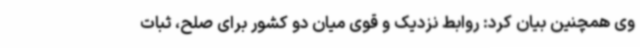
وی همچنین بیان کرد: روابط نزدیک و قوی میان دو کشور برای صلح، ثبات